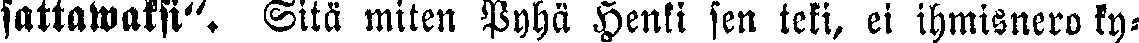
sattawaksi". Sitä miten Pyhä Henki sen teki, ei ihmisnero ky-